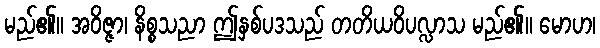
မည်၏။ အဝိဇ္ဇာ၊ နိစ္စသညာ ဤနှစ်ပဒသည် တတိယဝိပလ္လာသ မည်၏။ မောဟ၊